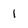
Character: 1